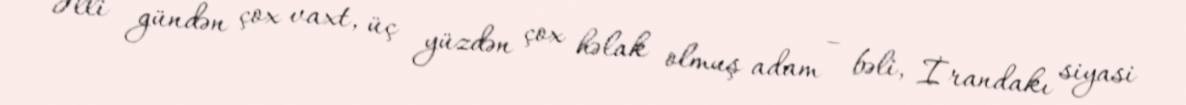
Əlli gündən çox vaxt, üç yüzdən çox həlak olmuş adam – bəli, İrandakı siyasi